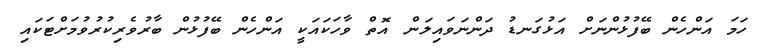
ހަމަ އަންހެން ބޭފުޅުންނަށް އަޅުގަނޑު ދަންނަވައިލަން އޮތް ވާހަކައަކީ އަންހެން ބޭފުޅުން ބާރުވެރިކުރުވުމަށްޓަކައި